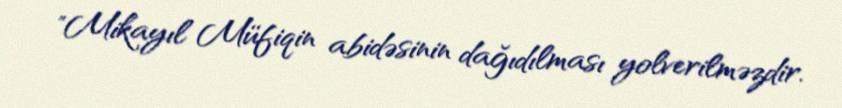
"Mikayıl Müfiqin abidəsinin dağıdılması yolverilməzdir.